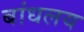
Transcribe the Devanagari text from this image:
बांधलय